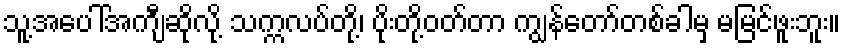
သူ့အပေါ်အကျီဆိုလို့ သက္ကလပ်တို့၊ ပိုးတို့ဝတ်တာ ကျွန်တော်တစ်ခါမှ မမြင်ဖူးဘူး။